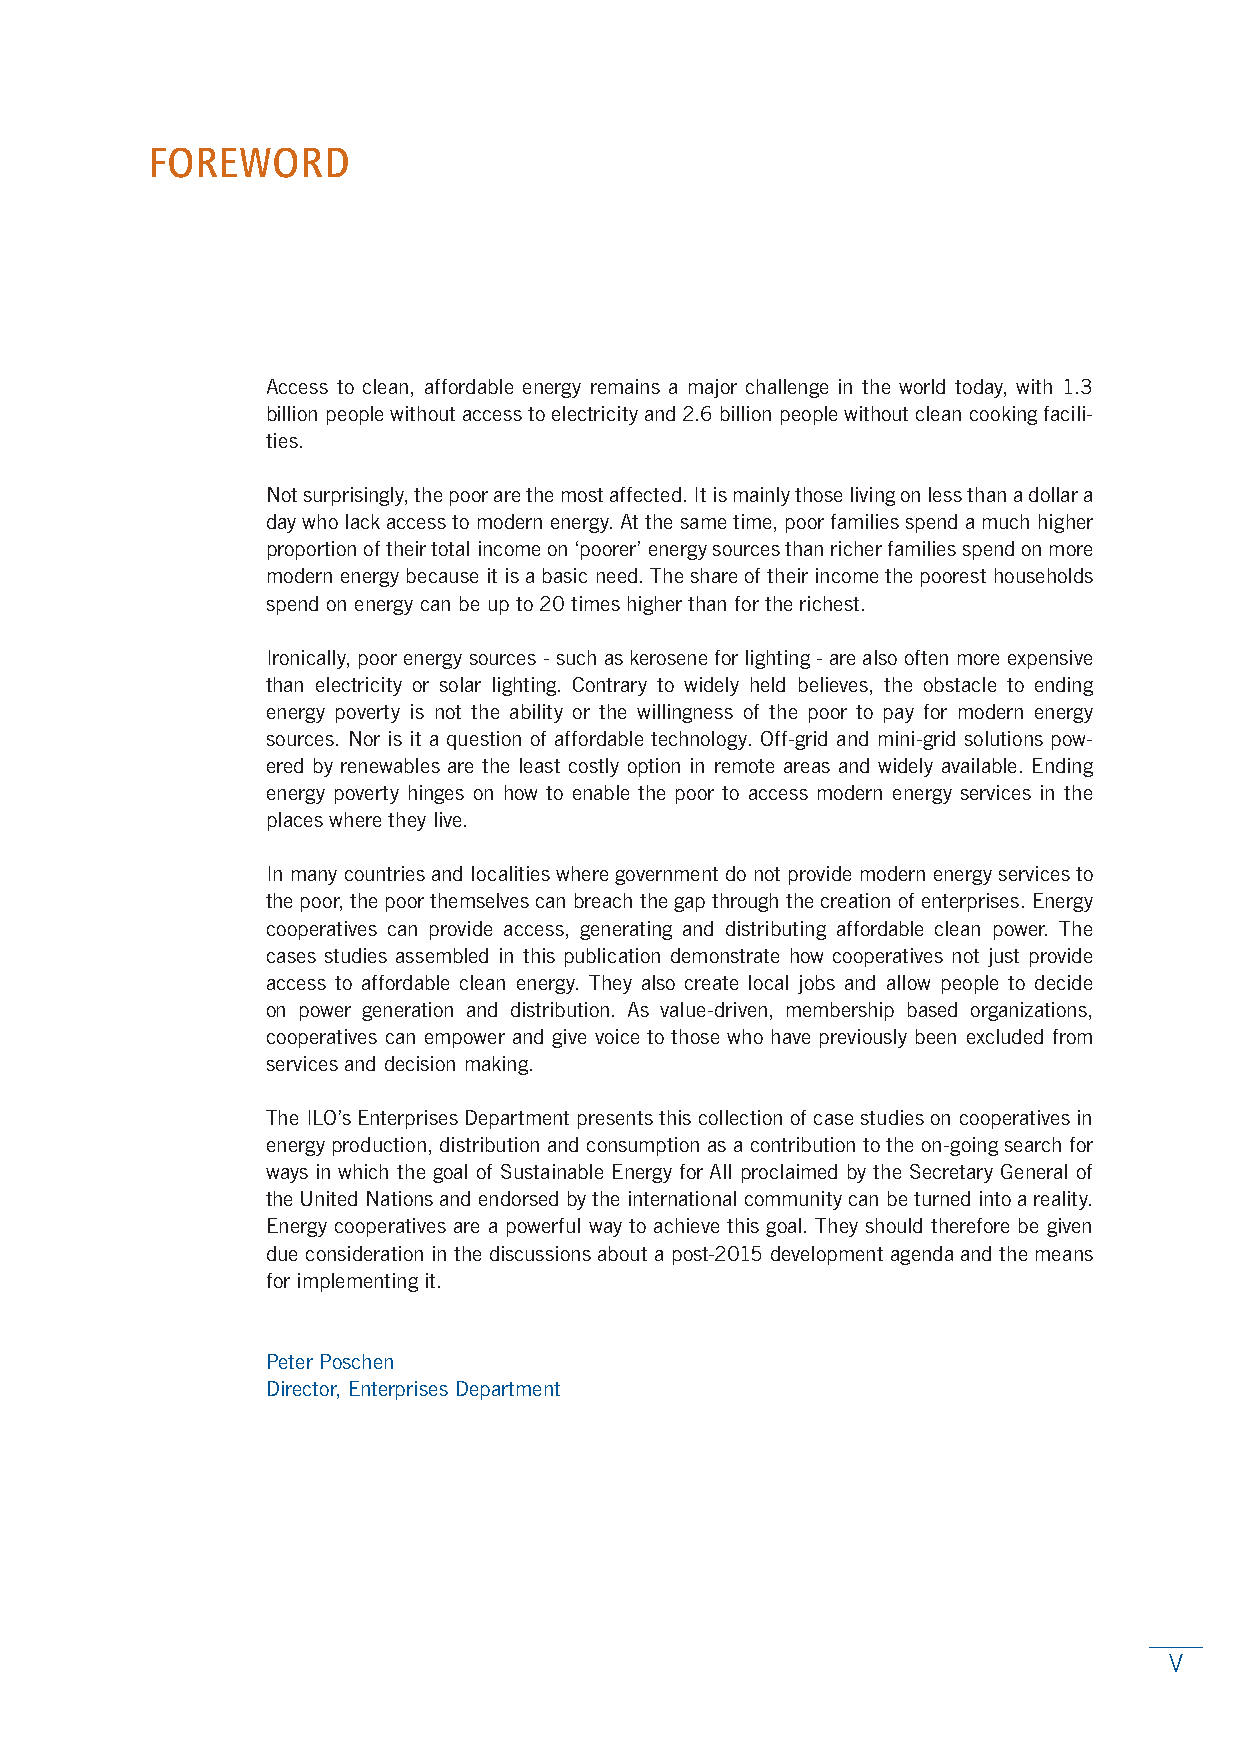
FOREWORD
 Access to clean, affordable energy remains a major challenge in the world today, with 1.3
 billion people without access to electricity and 2.6 billion people without clean cooking facili-
 ties.
 Not surprisingly, the poor are the most affected. It is mainly those living on less than a dollar a
 day who lack access to modern energy. At the same time, poor families spend a much higher
 proportion of their total income on ‘poorer’ energy sources than richer families spend on more
 modern energy because it is a basic need. The share of their income the poorest households
 spend on energy can be up to 20 times higher than for the richest.
 Ironically, poor energy sources - such as kerosene for lighting - are also often more expensive
 than electricity or solar lighting. Contrary to widely held believes, the obstacle to ending
 energy poverty is not the ability or the willingness of the poor to pay for modern energy
 sources. Nor is it a question of affordable technology. Off-grid and mini-grid solutions pow-
 ered by renewables are the least costly option in remote areas and widely available. Ending
 energy poverty hinges on how to enable the poor to access modern energy services in the
 places where they live.
 In many countries and localities where government do not provide modern energy services to
 the poor, the poor themselves can breach the gap through the creation of enterprises. Energy
 cooperatives can provide access, generating and distributing affordable clean power. The
 cases studies assembled in this publication demonstrate how cooperatives not just provide
 access to affordable clean energy. They also create local jobs and allow people to decide
 on power generation and distribution. As value-driven, membership based organizations,
 cooperatives can empower and give voice to those who have previously been excluded from
 services and decision making.
 The ILO’s Enterprises Department presents this collection of case studies on cooperatives in
 energy production, distribution and consumption as a contribution to the on-going search for
 ways in which the goal of Sustainable Energy for All proclaimed by the Secretary General of
 the United Nations and endorsed by the international community can be turned into a reality.
 Energy cooperatives are a powerful way to achieve this goal. They should therefore be given
 due consideration in the discussions about a post-2015 development agenda and the means
 for implementing it.
 Peter Poschen
 Director, Enterprises Department
 V